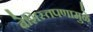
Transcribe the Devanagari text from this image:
बेशिस्तपणामुळे